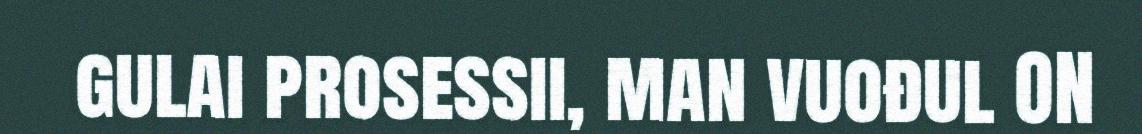
gulai prosessii, man vuođul ON